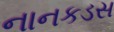
નાનકડસ